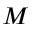
M